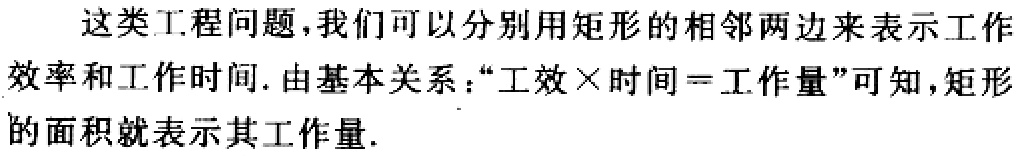
这类工程问题，我们可以分别用矩形的相邻两边来表示工作效率和工作时间. 由基本关系：“工效×时间 = 工作量”可知，矩形的面积就表示其工作量.